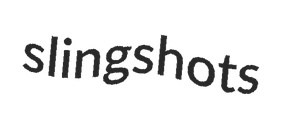
slingshots